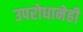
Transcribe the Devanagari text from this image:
उपरोधानेही